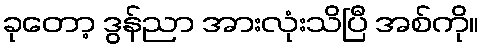
ခုတော့ ဒွန်ညာ အားလုံးသိပြီ အစ်ကို။